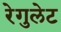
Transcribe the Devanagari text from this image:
रेगुलेट